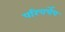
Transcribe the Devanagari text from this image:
परिचर्चेच